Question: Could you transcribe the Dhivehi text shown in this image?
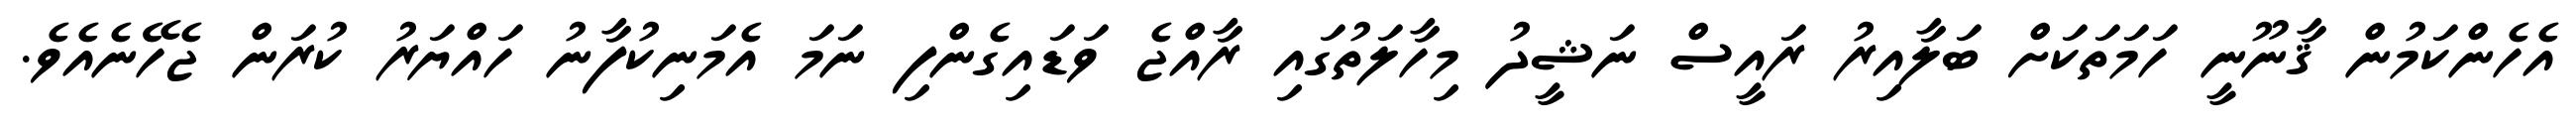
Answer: އެހެންކަމުން ޤާނޫނީ ހަމަތަކަށް ބަލާއިރު ރައީސް ނަޝީދު މިހާލަތުގައި ރާއްޖެ ވަޑައިގެންފި ނަމަ އެމަނިކުފާނު ހައްޔަރު ކުރަން ޖެހޭނެއެވެ.